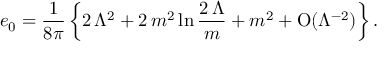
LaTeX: e _ { 0 } = { \frac { 1 } { 8 \pi } } \left\{ 2 \, \Lambda ^ { 2 } + 2 \, { m ^ { 2 } } \ln { \frac { 2 \, \Lambda } { m } } + { m ^ { 2 } } + \mathrm { O } ( \Lambda ^ { - 2 } ) \right\} .